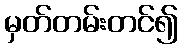
မှတ်တမ်းတင်၍